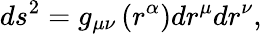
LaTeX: ds^{2}=g_{\mu\nu}\left(r^{\alpha}\right)dr^{\mu}dr^{\nu},